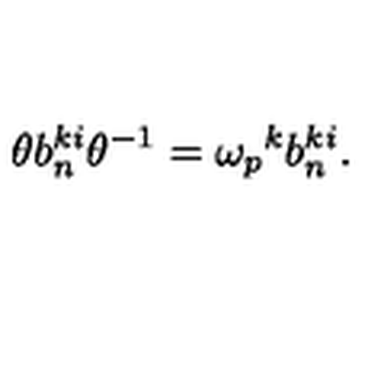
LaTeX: \theta b _ { n } ^ { k i } \theta ^ { - 1 } = { \omega _ { p } } ^ { k } b _ { n } ^ { k i } .